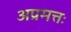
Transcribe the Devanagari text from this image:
अप्रमत्तः